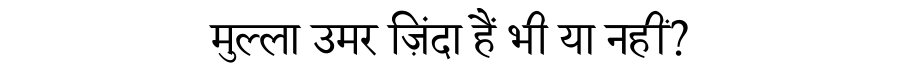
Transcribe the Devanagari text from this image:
मुल्ला उमर ज़िंदा हैं भी या नहीं?